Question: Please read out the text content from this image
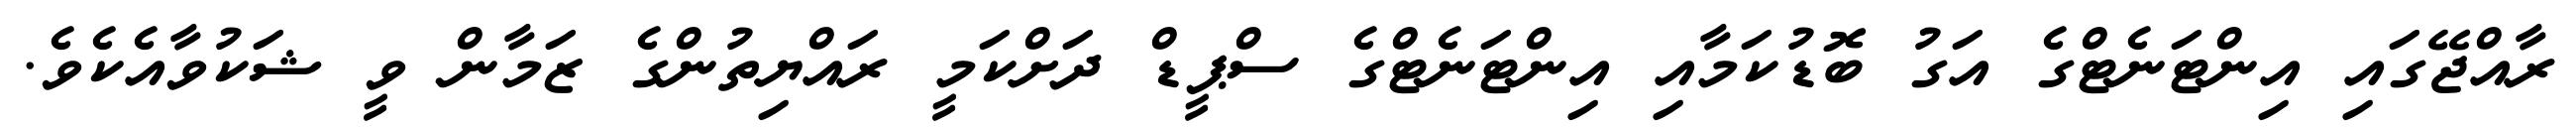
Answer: ރާއްޖޭގައި އިންޓަނެޓްގެ އަގު ބޮޑުކަމާއި އިންޓަނެޓްގެ ސްޕީޑް ދަށްކަމީ ރައްޔިތުންގެ ޒަމާން ވީ ޝަކުވާއެކެވެ.